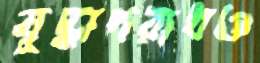
যুদ্ধাপরাধও